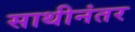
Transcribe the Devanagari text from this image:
साथीनंतर